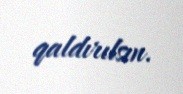
qaldırılsın.